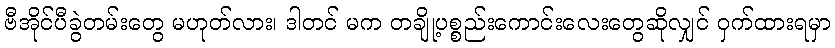
ဗီအိုင်ပီခွဲတမ်းတွေ မဟုတ်လား၊ ဒါတင် မက တချို့ပစ္စည်းကောင်းလေးတွေဆိုလျှင် ဝှက်ထားရမှာ